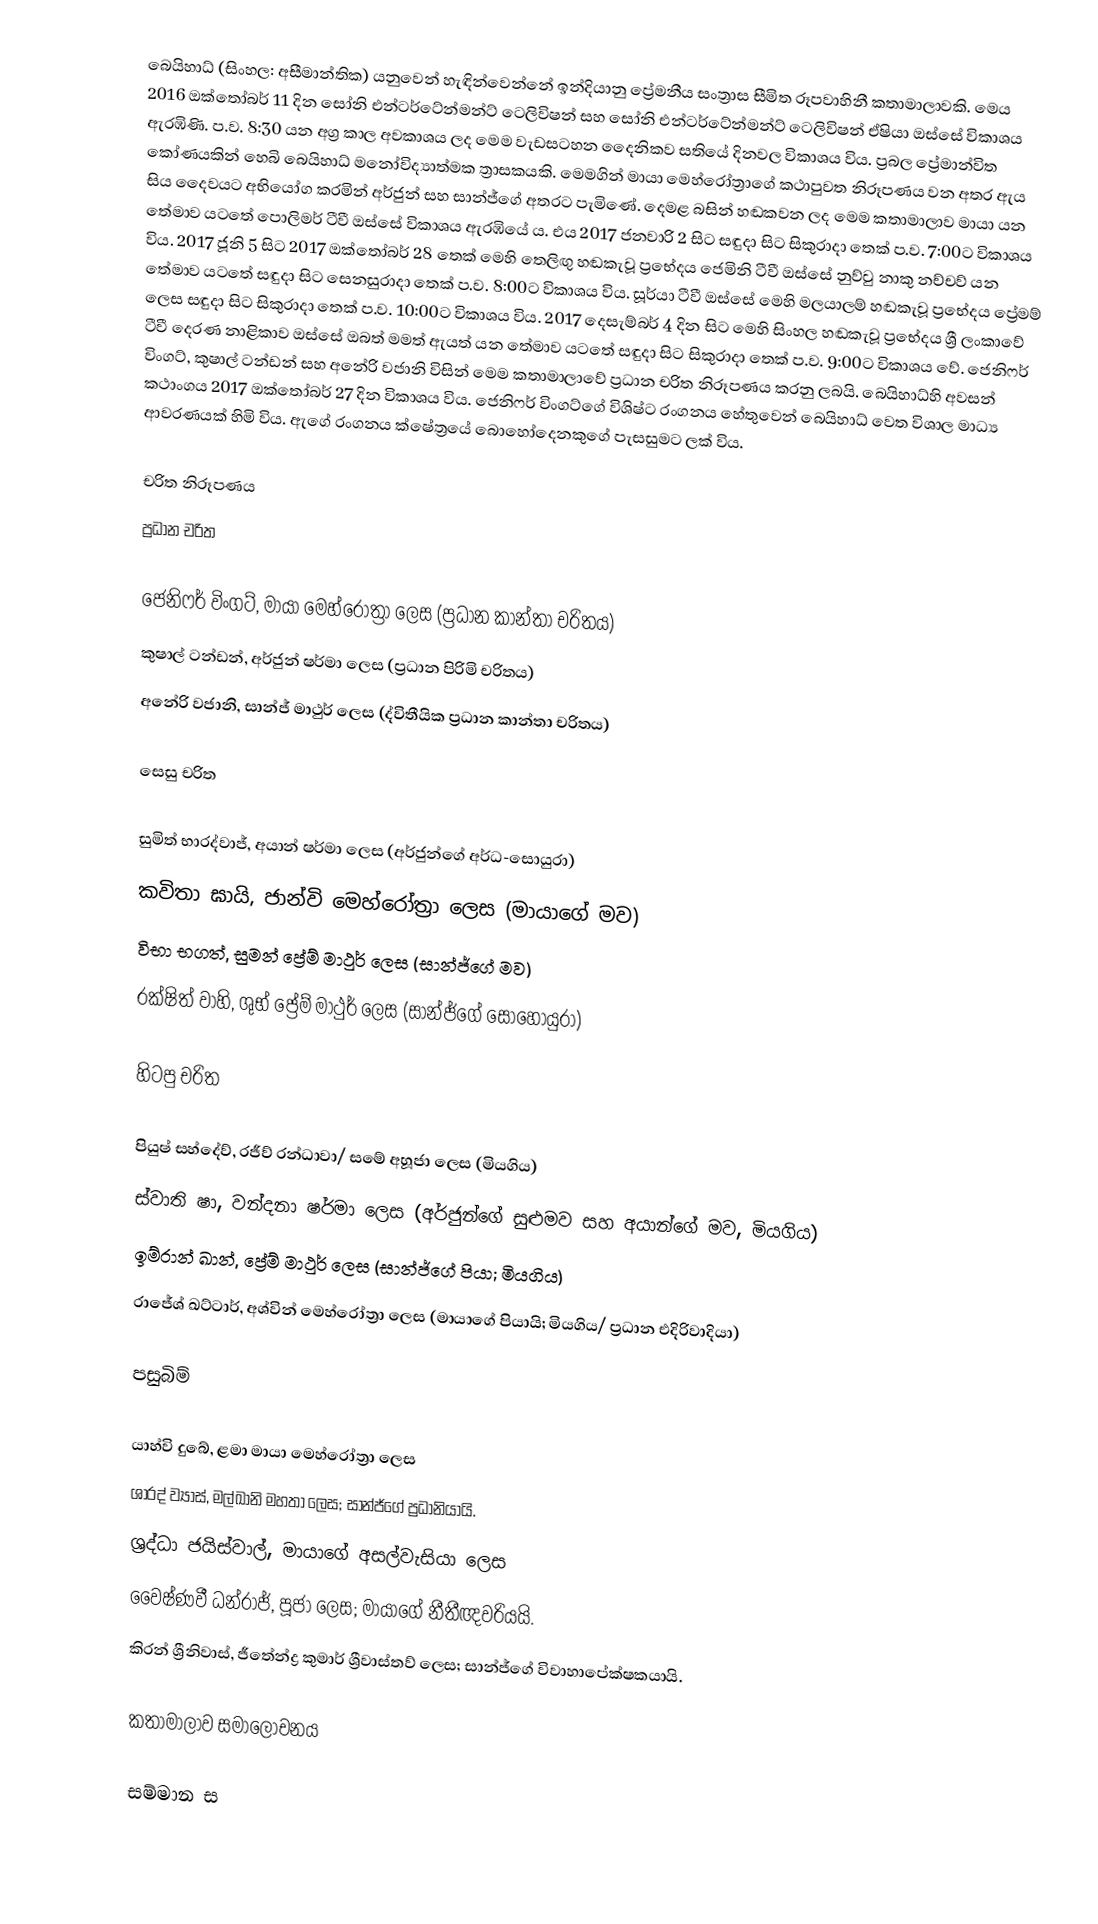
බෙයිහාධ් (සිංහල: අසීමාන්තික) යනුවෙන් හැඳින්වෙන්නේ  ඉන්දියානු ප්‍රේමනීය සංත්‍රාස සීමිත රූපවාහිනී කතාමාලාවකි. මෙය 2016 ඔක්තෝබර් 11 දින සෝනි එන්ටර්ටේන්මන්ට් ටෙලිවිෂන් සහ සෝනි එන්ටර්ටේන්මන්ට් ටෙලිවිෂන් ඒෂියා ඔස්සේ විකාශය ඇරඹිණි. ප.ව. 8:30 යන අග්‍ර කාල අවකාශය ලද මෙම වැඩසටහන දෛනිකව සතියේ දිනවල විකාශය විය. ප්‍රබල ප්‍රේමාන්විත කෝණයකින් හෙබි බෙයිහාධ් මනෝවිද්‍යාත්මක ත්‍රාසකයකි. මෙමගින් මායා මෙහ්රෝත්‍රාගේ කථාපුවත නිරූපණය වන අතර ඇය සිය දෛවයට අභියෝග කරමින් අර්ජුන් සහ සාන්ජ්ගේ අතරට පැමිණේ. දෙමළ බසින් හඬකවන ලද මෙම කතාමාලාව මායා යන තේමාව යටතේ පොලිමර් ටීවී ඔස්සේ විකාශය ඇරඹියේ ය. එය 2017 ජනවාරි 2 සිට සඳුදා සිට සිකුරාදා තෙක් ප.ව. 7:00ට විකාශය විය. 2017 ජූනි 5 සිට 2017 ඔක්තෝබර් 28 තෙක් මෙහි තෙලිඟු හඬකැවූ ප්‍රභේදය ජෙමිනි ටීවී ඔස්සේ නුව්වු නාකු නච්චව් යන තේමාව යටතේ සඳුදා සිට සෙනසුරාදා තෙක් ප.ව. 8:00ට විකාශය විය. සූර්යා ටීවී ඔස්සේ මෙහි මලයාලම් හඬකැවූ ප්‍රභේදය ප්‍රේමම් ලෙස සඳුදා සිට සිකුරාදා තෙක් ප.ව. 10:00ට විකාශය විය. 2017 දෙසැම්බර් 4 දින සිට මෙහි සිංහල හඬකැවූ ප්‍රභේදය ශ්‍රී ලංකාවේ ටීවී දෙරණ නාළිකාව ඔස්සේ ඔබත් මමත් ඇයත් ‍යන තේමාව යටතේ සඳුදා සිට සිකුරාදා තෙක් ප.ව. 9:00ට විකාශය වේ. ජෙනිෆර් විංගට්, කුෂාල් ටන්ඩන් සහ අනේරි වජානි විසින් මෙම කතාමාලාවේ ප්‍රධාන චරිත නිරූපණය කරනු ලබයි. බෙයිහාධ්හි අවසන් කථාංගය 2017 ඔක්තෝබර් 27 දින විකාශය විය.   ජෙනිෆර් විංගට්ගේ විශිෂ්ට රංගනය හේතුවෙන් බෙයිහාධ් වෙත විශාල මාධ්‍ය ආවරණයක් හිමි විය. ඇගේ රංගනය ක්ෂේත්‍රයේ බොහෝදෙනකුගේ පැසසුමට ලක් විය.

චරිත නිරූපණය
ප්‍රධාන චරිත

 ජෙනිෆර් විංගට්, මායා මෙහ්රෝත්‍රා ලෙස (ප්‍රධාන කාන්තා චරිතය)
 කුෂාල් ටන්ඩන්, අර්ජුන් ෂර්මා ලෙස (ප්‍රධාන පිරිමි චරිතය)
 අනේරි වජානි, සාන්ජ් මාථුර් ලෙස (ද්විතීයික ප්‍රධාන කාන්තා චරිතය)

සෙසු චරිත

 සුමිත් භාරද්වාජ්, අයාන් ෂර්මා ලෙස (අර්ජුන්ගේ අර්ධ-සොයුරා)
 කවිතා ඝායි, ජාන්වි මෙහ්රෝත්‍රා ලෙස (මායාගේ මව)
 විභා භගත්, සුමන් ප්‍රේම් මාථුර් ලෙස (සාන්ජ්ගේ මව)
 රක්ෂිත් වාහි, ශුභ් ප්‍රේම් මාථුර් ලෙස (සාන්ජ්ගේ සොහොයුරා)

හිටපු චරිත

 පියුෂ් සහ්දේව්, රජීව් රන්ධාවා/ සමේ අහූජා ලෙස (මියගිය)
 ස්වාති ෂා, වන්දනා ෂර්මා ලෙස (අර්ජුන්ගේ සුළුමව සහ අයාන්ගේ මව, මියගිය)
 ඉම්රාන් ඛාන්, ප්‍රේම් මාථුර් ලෙස (සාන්ජ්ගේ පියා; මියගිය)
 රාජේශ් ඛට්ටාර්, අශ්වින් මෙහ්රෝත්‍රා ලෙස (මායාගේ පියායි; මියගිය/ ප්‍රධාන එදිරිවාදියා)

පසුබිම්

 යාහ්වි දුබේ, ළමා මායා මෙහ්රෝත්‍රා ලෙස
 ශා‍රද් ව්‍යාස්, මල්ඛානි මහතා ලෙස; සාන්ජ්ගේ ප්‍රධානියායි.
 ශ්‍රද්ධා ජයිස්වාල්, මායාගේ අසල්වැසියා ලෙස
 වෛෂ්ණවී ධන්රාජ්, පූජා ලෙස; මායාගේ නීතීඥවරියයි.
 කිරන් ශ්‍රීනිවාස්, ජීතේන්ද්‍ර කුමාර් ශ්‍රීවාස්තව් ලෙස; සාන්ජ්ගේ විවාහාපේක්ෂකයායි.

කතාමාලාව සමාලෝචනය

සම්මාන ස